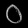
Digit: ၀